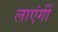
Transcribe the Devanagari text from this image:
लाएंगीं